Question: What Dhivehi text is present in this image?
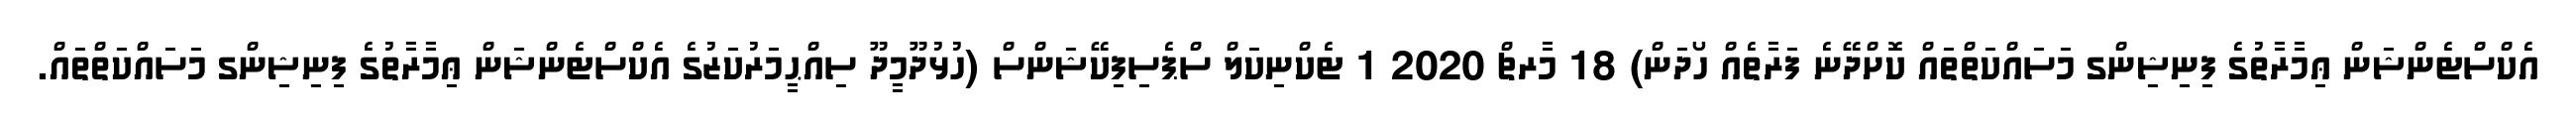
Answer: އެކްސްޓެންޝަން ޢިމާރާތުގެ ފިނިޝިންގ މަސައްކަތްތައް ކޮށްދޭނެ ފަރާތެއް ހޯދަން) 18 މާރޗް 2020 1 ޓެކްނިކަލް ސްޕެސިފިކޭޝަންސް (ހުޅުދޫމީދޫ ސިއްޙީމަރުކަޒުގެ އެކްސްޓެންޝަން ޢިމާރާތުގެ ފިނިޝިންގ މަސައްކަތްތައް.